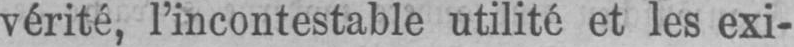
vérité, l’incontestable utilité et les exi-